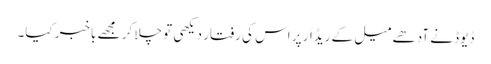
ڈیوڈ نے آدھے میل کے ریڈار پر اس کی رفتار دیکھی تو چلا کر مجھے باخبر کیا۔